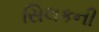
સિલકની